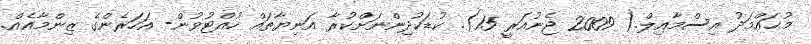
މުޙައްމަދު އިސްމާއިލް.( 2009 ޖެނުއަރީ 15). ކުޑަކުދިންނަށްކުރާ އަނިޔާތައް ހުއްޓުވުން- އަހަރެންގެ ޒިންމާއެއް.